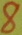
Text: 8